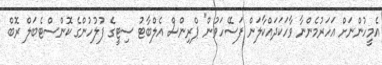
އެމީހުންނަށް އަހަރުމެންނާ ވާހަކަދައްކާލަން ފަސޭހަވުން" ޕްރިންސް އެލްބާޓު ސިޓީގެ ފުލުހުންގެ ކޮންސްޓެބަލް ރޮބް